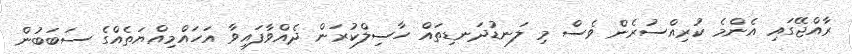
ރާއްޖޭގައި އެންމެ ކުރިއްސުރެން ވެސް މި ލަނޑުދަނޑިތައް ހާސިލްކުރަން ދެއްވާފައިވާ އަހައްމިއްޔަތެއްގެ ސަބަބުން